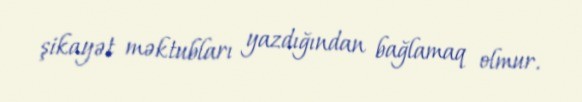
şikayət məktubları yazdığından bağlamaq olmur.